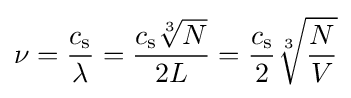
\nu ={c_{\rm {s}} \over \lambda }={c_{\rm {s}}{\sqrt[{3}]{N}} \over 2L}={c_{\rm {s}} \over 2}{\sqrt[{3}]{N \over V}}